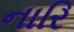
નારિ